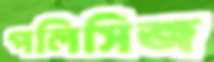
পলিসিজ